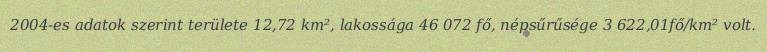
2004-es adatok szerint területe 12,72 km², lakossága 46 072 fő, népsűrűsége 3 622,01fő/km² volt.